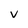
Character: V